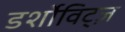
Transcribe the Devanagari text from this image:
डर्शोविट्ज़